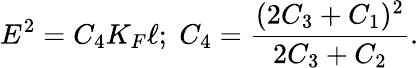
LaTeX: E^{2}=C_{4}K_{F}\ell;\; C_{4}=\frac{(2C_{3}+C_{1})^{2}}{2C_{3}+C_{2}}.